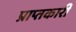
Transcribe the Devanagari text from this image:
प्राप्तकारी